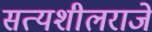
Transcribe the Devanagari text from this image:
सत्यशीलराजे